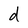
Character: d